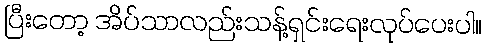
ပြီးတော့ အိပ်သာလည်းသန့်ရှင်းရေးလုပ်ပေးပါ။